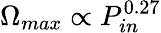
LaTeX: \Omega_{max}\propto P_{in}^{0.27}